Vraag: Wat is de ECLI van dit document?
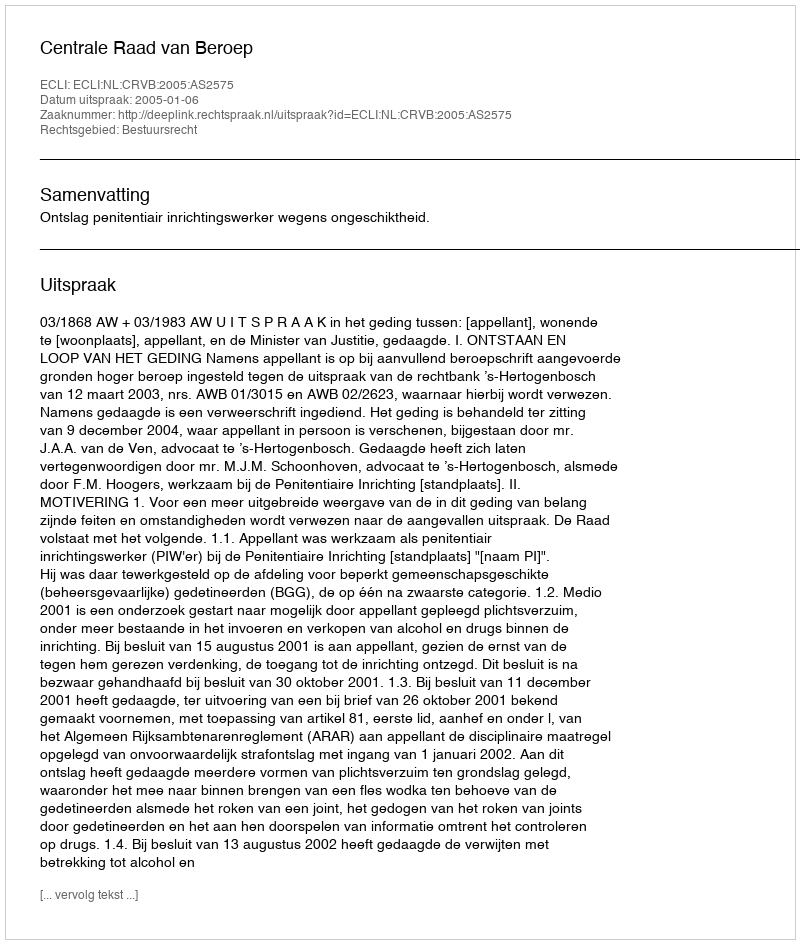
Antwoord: ECLI:NL:CRVB:2005:AS2575